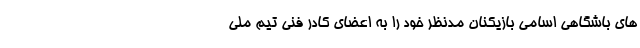
های باشگاهی اسامی بازیکنان مدنظر خود را به اعضای کادر فنی تیم ملی